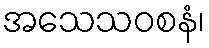
အသေသဝစနံ၊